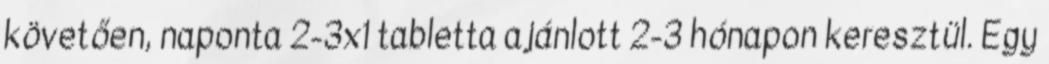
követően, naponta 2-3x1 tabletta ajánlott 2-3 hónapon keresztül. Egy